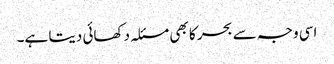
اسی وجہ سے بحر کا بھی مسئلہ دکھائی دیتا ہے۔